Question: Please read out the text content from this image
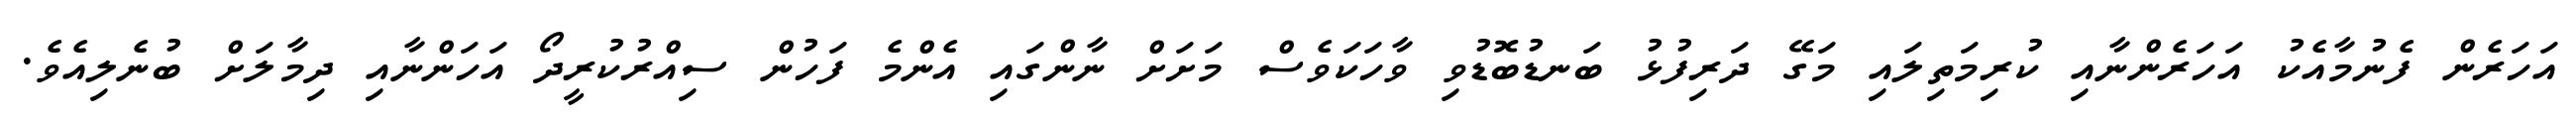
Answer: އަހަރެން ފެނުމާއެކު އަހަރެންނާއި ކުރިމަތިލައި މަގޭ ދަރިފުޅު ބަނޑުބޮޑުވި ވާހަކަވެސް މަށަށް ނާންގައި އެންމެ ފަހުން ސިއްރުކުރީދޯ އަހަންނާއި ދިމާލަށް ބުނެލިއެވެ.